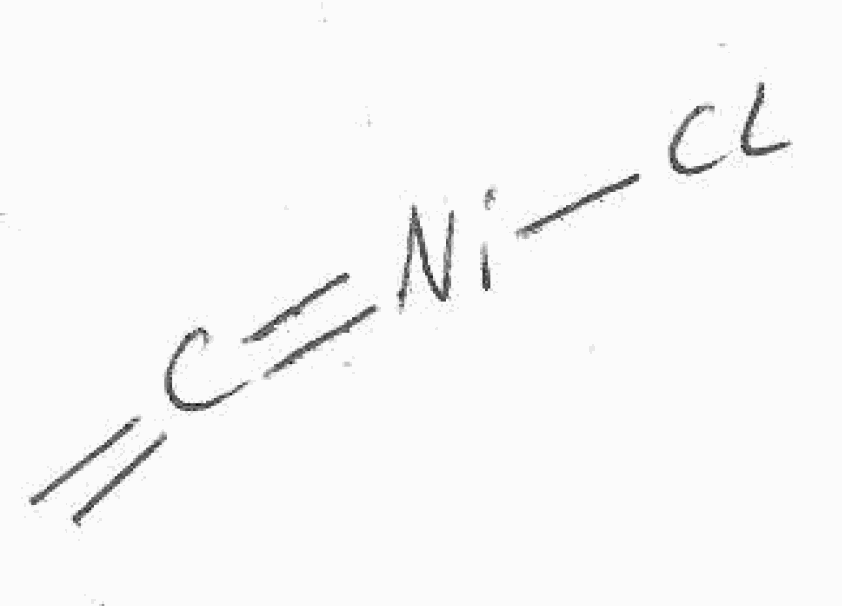
Simplified molecular-input line-entry system (SMILES) notation of the given molecule:
C=C=[Ni]Cl